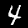
Label: 4